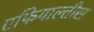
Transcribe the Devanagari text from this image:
एफियाल्तीस